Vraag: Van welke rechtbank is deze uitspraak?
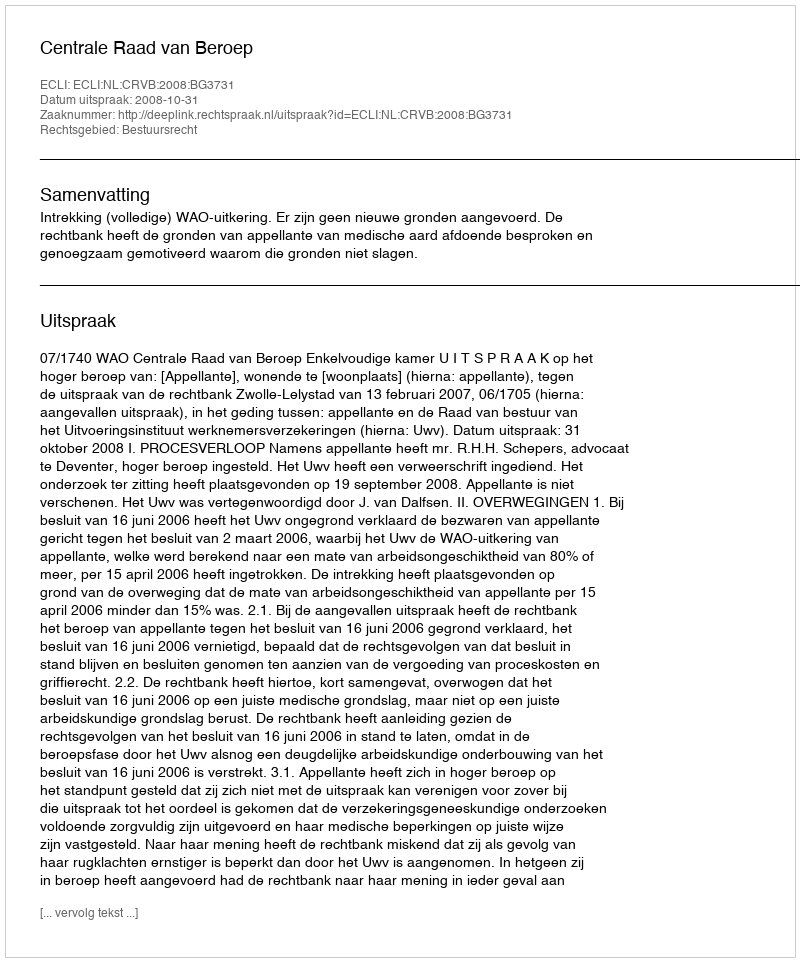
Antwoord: Centrale Raad van Beroep